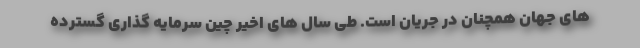
های جهان همچنان در جریان است. طی سال های اخیر چین سرمایه گذاری گسترده